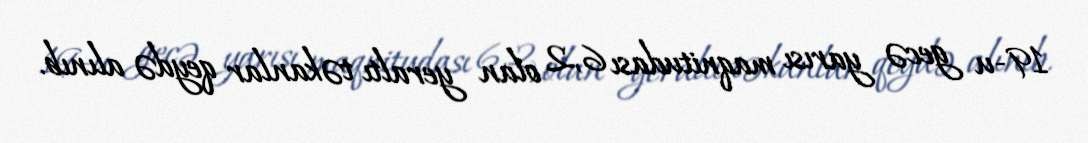
19-u gecə yarısı maqnitudası 6,2 olan yeraltı təkanlar qeydə alınıb.